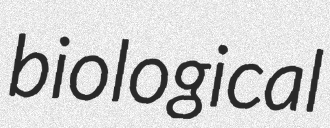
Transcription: biological